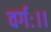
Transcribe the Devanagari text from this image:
वर्गः।।